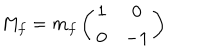
M _ { f } = m _ { f } \left( \begin{array} { c c } { { 1 } } & { { 0 } } \\ { { 0 } } & { { - 1 } } \\ \end{array} \right)